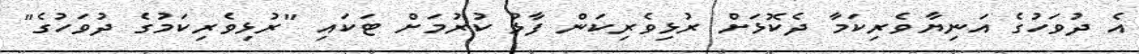
އެ ދުވަހުގެ އަނިޔާވެރިކަމާ ދެކޮޅަށް ރުޅިވެރިކަން ފާޅު ކުރުމަށް ޓަކައި "ރުޅިވެރިކަމުގެ ދުވަހުގެ"